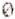
0